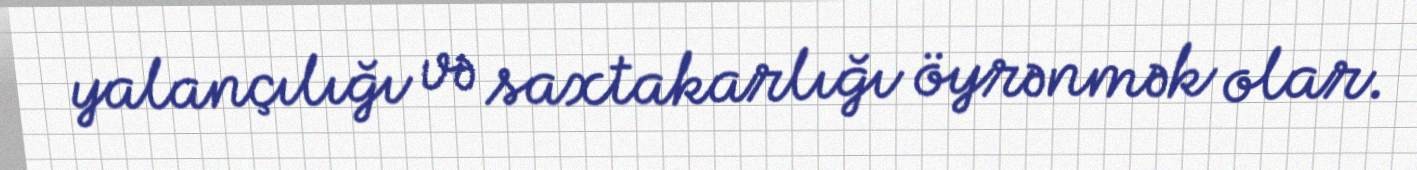
yalançılığı və saxtakarlığı öyrənmək olar.